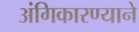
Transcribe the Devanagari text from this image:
अंगिकारण्याने